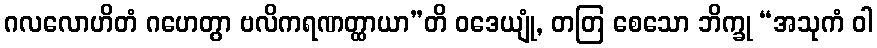
ဂလလောဟိတံ ဂဟေတွာ ဗလိကရဏတ္ထာယာ”တိ ဝဒေယျုံ, တတြ စေသော ဘိက္ခု “အသုကံ ဝါ